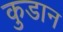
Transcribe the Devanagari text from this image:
कुडान